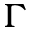
\Gamma